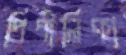
পিপীলিকা